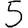
Digit: 5